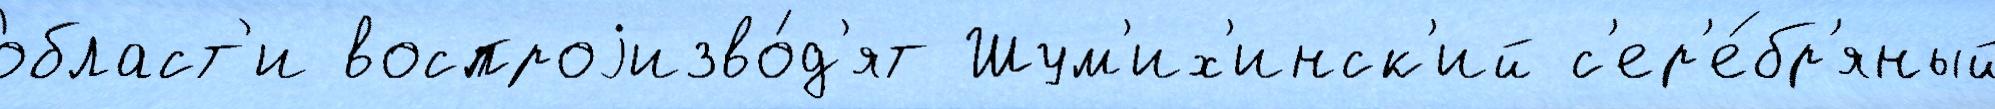
о́бласт'и воспроjизво́д'ят Шум'их'инск'ий с'ер'е́бр'яный